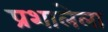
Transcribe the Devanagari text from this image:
प्रशालेला